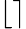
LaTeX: \lfloor\rceil